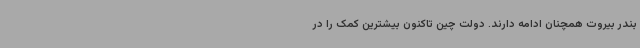
بندر بیروت همچنان ادامه دارند. دولت چین تاکنون بیشترین کمک را در